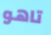
تاهو